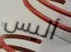
أليس